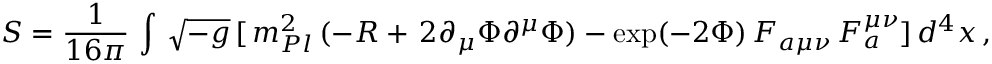
S = \frac { 1 } { 1 6 \pi } \, \int \, \sqrt { - g } \, [ \, m _ { P l } ^ { 2 } \, ( - R + \, 2 \partial _ { \mu } \Phi \partial ^ { \mu } \Phi ) - \exp ( - 2 \Phi ) \, F _ { a \mu \nu } \, F _ { a } ^ { \mu \nu } ] \, d ^ { 4 } x \, ,